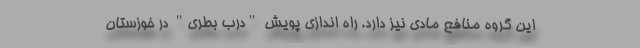
این گروه منافع مادی نیز دارد. راه اندازی پویش "درب بطری" در خوزستان